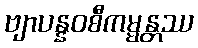
ဗျာပန္နဝစီကမ္မန္တဿ